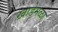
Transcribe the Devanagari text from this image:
खाडेमळा